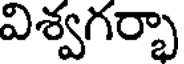
విశ్వగర్భా